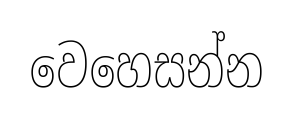
වෙහෙසන්න